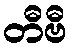
တီဗီ